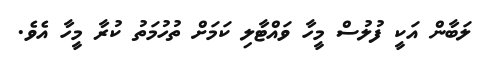
ލަބާން އަކީ ފުލުސް މީހާ ވައްޓާލި ކަމަށް ތުހުމަތު ކުރާ މީހާ އެވެ.